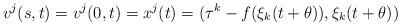
LaTeX: \begin{align*}v^j(s,t)= v^j(0,t) = x^j(t) =(\tau^k - f(\xi_k(t+ \theta)), \xi_k(t+ \theta)) \end{align*}